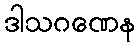
ဒါသဂဏေန